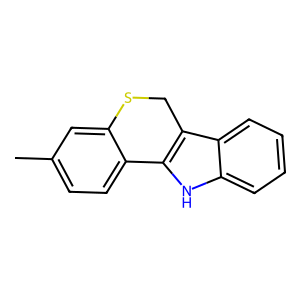
SMILES: Cc1ccc2c(c1)SCc1c-2[nH]c2ccccc12
Inhibits HIV replication: No